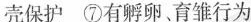
壳保护 ⑦有孵卵育雏行为